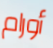
أورام